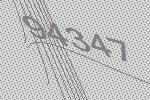
94347